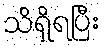
သိရှိရပြီး